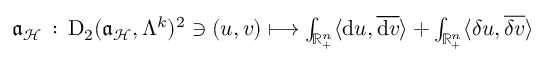
\begin{array} { r } { \mathfrak { a } _ { \mathcal { H } } \, : \, \mathrm { D } _ { 2 } ( \mathfrak { a } _ { \mathcal { H } } , \Lambda ^ { k } ) ^ { 2 } \ni ( u , v ) \longmapsto \int _ { \mathbb { R } _ { + } ^ { n } } \langle \mathrm { d } u , \overline { { \mathrm { d } v } } \rangle + \int _ { \mathbb { R } _ { + } ^ { n } } \langle \delta u , \overline { { \delta v } } \rangle } \end{array}